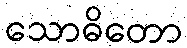
သောဓိတော